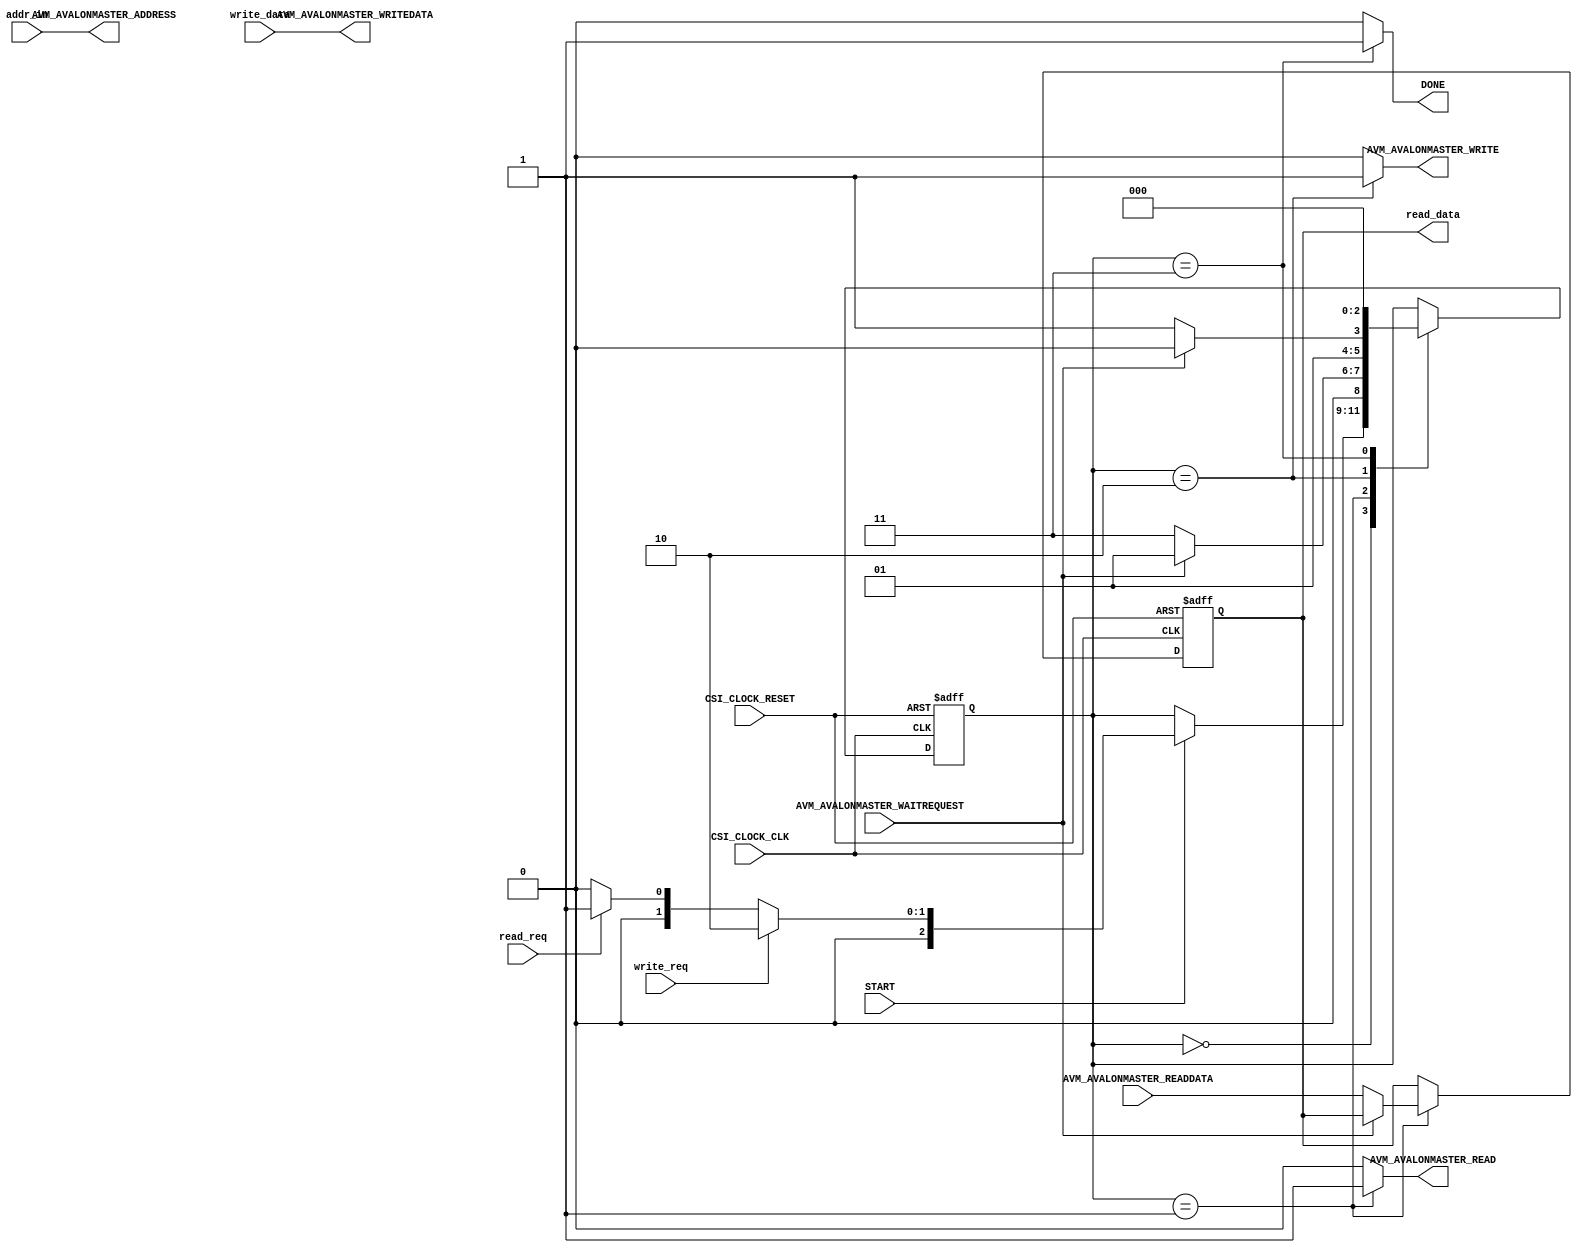
module AVM_AVALONMASTER_MAGNITUDE #
(
  // you can add parameters here
  // you can change these parameters
  parameter integer AVM_AVALONMASTER_DATA_WIDTH = 32,
  parameter integer AVM_AVALONMASTER_ADDRESS_WIDTH = 32
)
(
  // user ports begin

  // these are just some example ports. you can change them all
  input wire START,
  output wire DONE,
  input[AVM_AVALONMASTER_ADDRESS_WIDTH - 1:0] addr_in,
  input[AVM_AVALONMASTER_DATA_WIDTH - 1:0] write_data,
  output[AVM_AVALONMASTER_DATA_WIDTH - 1:0] read_data,
  input read_req,
  input write_req,

  // user ports end
  // dont change these ports
  input wire CSI_CLOCK_CLK,
  input wire CSI_CLOCK_RESET,
  output wire [AVM_AVALONMASTER_ADDRESS_WIDTH - 1:0] AVM_AVALONMASTER_ADDRESS,
  input wire AVM_AVALONMASTER_WAITREQUEST,
  output wire AVM_AVALONMASTER_READ,
  output wire AVM_AVALONMASTER_WRITE,
  input wire [AVM_AVALONMASTER_DATA_WIDTH - 1:0] AVM_AVALONMASTER_READDATA,
  output wire [AVM_AVALONMASTER_DATA_WIDTH - 1:0] AVM_AVALONMASTER_WRITEDATA
);
  localparam s0 = 3'd0, s1_r = 3'd1, s1_w = 3'd2, s2 = 3'd3;

  // output wires and registers
  // you can change name and type of these ports
  reg[AVM_AVALONMASTER_DATA_WIDTH-1 : 0] data;
  reg done = 1'b0;
  reg read = 1'b0;
  reg write = 1'b0;
  reg[2:0] state = s0;

  // I/O assignment
  // never directly send values to output
  assign DONE = done;
  assign AVM_AVALONMASTER_ADDRESS = (addr_in);
  assign AVM_AVALONMASTER_READ = read;
  assign AVM_AVALONMASTER_WRITE = write;
  assign AVM_AVALONMASTER_WRITEDATA = write_data;
  assign read_data = data;

  /****************************************************************************
  * all main function must be here or in main module. you MUST NOT use control
  * interface for the main operation and only can import and export some wires
  * from/to it
  ****************************************************************************/

  // user logic begin
  always @(posedge CSI_CLOCK_CLK, posedge CSI_CLOCK_RESET) begin
    if(CSI_CLOCK_RESET == 1) begin
      state <= s0;
      data <= {AVM_AVALONMASTER_DATA_WIDTH{1'b0}};
    end
    else begin
      case(state)
        s0 : begin
          if(START) begin
            if(write_req)
              state <= s1_w;
            else if(read_req)
              state <= s1_r;
            else
              state <= s0;
          end
        end

        s1_r : begin
          if(AVM_AVALONMASTER_WAITREQUEST == 1'b1)
            state <= s1_r;
          else begin
            data <= AVM_AVALONMASTER_READDATA;
            state <= s2;
          end
        end

        s1_w : begin
          if(AVM_AVALONMASTER_WAITREQUEST == 1'b1)
            state <= s1_w;
          else
            state <= s2;
        end

        s2 : state <= s0;
      endcase
    end
  end

  always @(*) begin
    read = 1'b0;
    write = 1'b0;
    done = 1'b0;
    case(state)
      s1_r : read = 1'b1;
      s1_w : write = 1'b1;
      s2 : done = 1'b1;
    endcase
  end

  // user logic end

endmodule